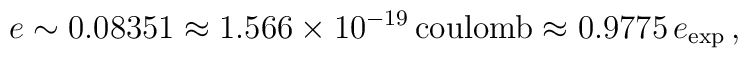
e \sim 0.08351 \approx 1.566 \times 10^{-19} \, \mathrm{coulomb}   \approx 0.9775 \, e_{\mathrm{exp}}\,,